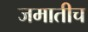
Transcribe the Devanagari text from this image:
जमातीच